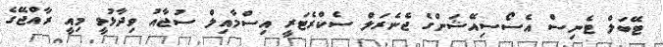
ޓޭބަލް ޓެނިސް އެސޯސިއޭޝަންގެ ޖެނެރަލް ސެކްރެޓަރީ އިސްމާއިލް ސުޖާއު ވިދާޅުވީ މިއީ ރާއްޖޭގެ